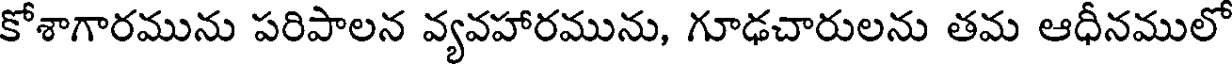
కోశాగారమును పరిపాలన వ్యవహారమును, గూఢచారులను తమ ఆధీనములో